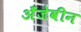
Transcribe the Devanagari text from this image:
अँजेवीन